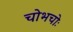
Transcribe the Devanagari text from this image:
चोभचोः